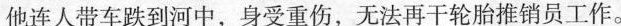
他连人带车跌到河中，身受重伤，无法再干轮胎推销员工作。